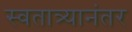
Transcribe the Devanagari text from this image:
स्वतात्र्यानंतर